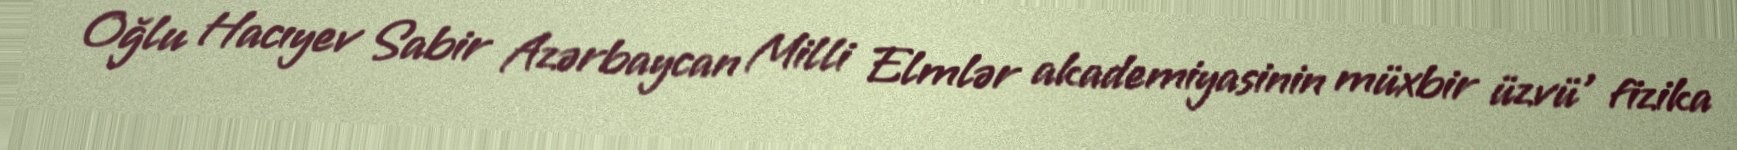
Oğlu Hacıyev Sabir Azərbaycan Milli Elmlər akademiyasinin müxbir üzvü , fizika